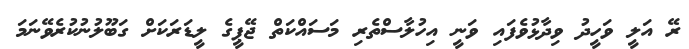
ރޭ އަލީ ވަހީދު ވިދާޅުވެފައި ވަނީ އިހުލާސްތެރި މަސައްކަތް ޖޭޕީގެ ލީޑަރަކަށް ގަބޫލުނުކުރެވޭނަމަ